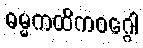
ဓမ္မကထိကဝဂ္ဂေါ